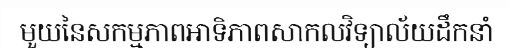
មួយនៃសកម្មភាពអាទិភាពសាកលវិទ្យាល័យដឹកនាំ